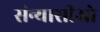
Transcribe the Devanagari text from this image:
संन्यासीओ